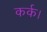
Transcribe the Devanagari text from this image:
कर्क।